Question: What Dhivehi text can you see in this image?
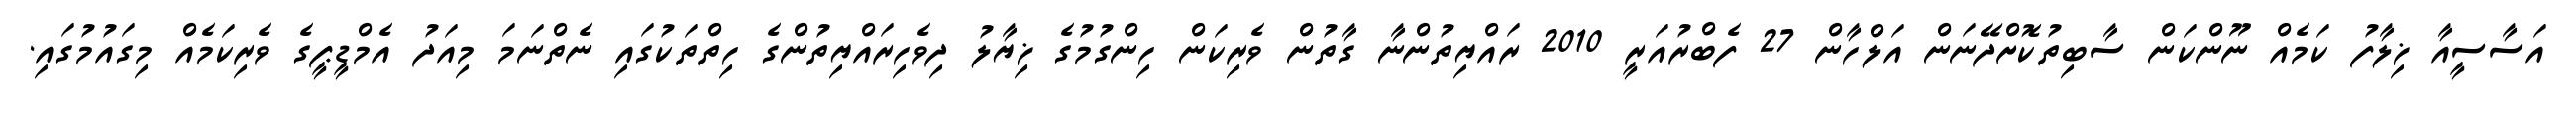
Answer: އަސާސީއާ ޚިލާފު ކަމެއް ނޫންކަން ސާބިތުކޮށްދޭނަން އަލްހާން 27 ފެބްރުއަރީ 2010 ރައްޔިތުންނާ ގާތުން ވެރިކަން ހިންގުމުގެ ޚިޔާލު ދިވެހިރައްޔިތުންގެ ހިތްތަކުގައި ނެތްނަމަ މިއަދު އެމްޑީޕީގެ ވެރިކަމެއް މިގައުމުގައި.